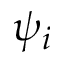
\psi _ { i }